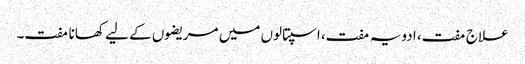
علاج مفت، ادویہ مفت، اسپتالوں میں مریضوں کے لیے کھانا مفت۔